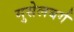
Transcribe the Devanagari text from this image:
मुसेलबर्ग